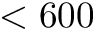
< 6 0 0